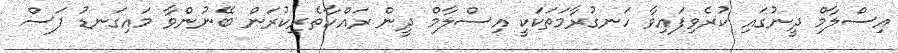
އިސްލާމް ދީނުގައި ކުރެވިފައިވާ ހަނގުރާމަތަކަކީ އިސްލާމް ދީން ރައްކާތެރިކުރަން ބޭނުންވާ މައިގަނޑު ފަސް